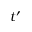
t ^ { \prime }